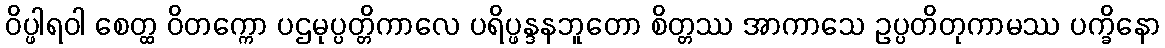
ဝိပ္ဖါရဝါ စေတ္ထ ဝိတက္ကော ပဌမုပ္ပတ္တိကာလေ ပရိပ္ဖန္ဒနဘူတော စိတ္တဿ အာကာသေ ဥပ္ပတိတုကာမဿ ပက္ခိနော